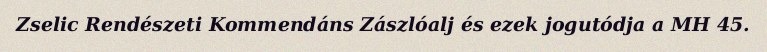
Zselic Rendészeti Kommendáns Zászlóalj és ezek jogutódja a MH 45.